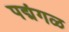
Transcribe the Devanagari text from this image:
पद्मंगळ